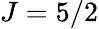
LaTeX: J=5/2